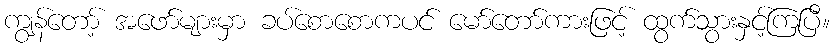
ကျွန်တော့် အဖော်များမှာ ခပ်စောစောကပင် မော်တော်ကားဖြင့် ထွက်သွားနှင့်ကြပြီ။